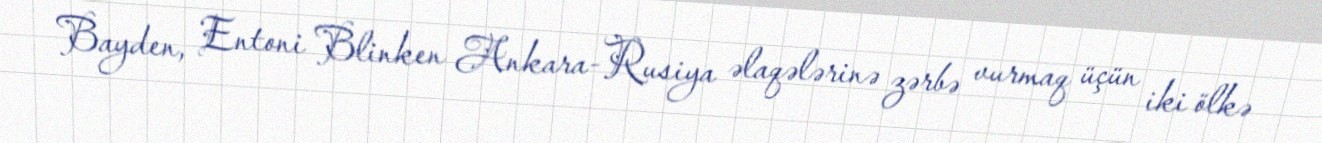
Bayden, Entoni Blinken Ankara-Rusiya əlaqələrinə zərbə vurmaq üçün iki ölkə